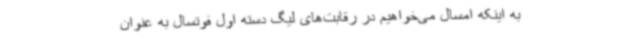
به اینکه امسال می‌خواهیم در رقابت‌های لیگ دسته اول فوتسال به عنوان